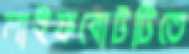
লাইফবোটটিতে